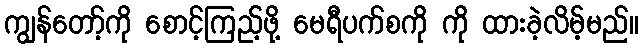
ကျွန်တော့်ကို စောင့်ကြည့်ဖို့ မေရီပက်စကို ကို ထားခဲ့လိမ့်မည်။